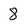
Character: 8